Vaccine operations Central Provinces & Berar 1922-1929 - 1922-1929
Year: 1922
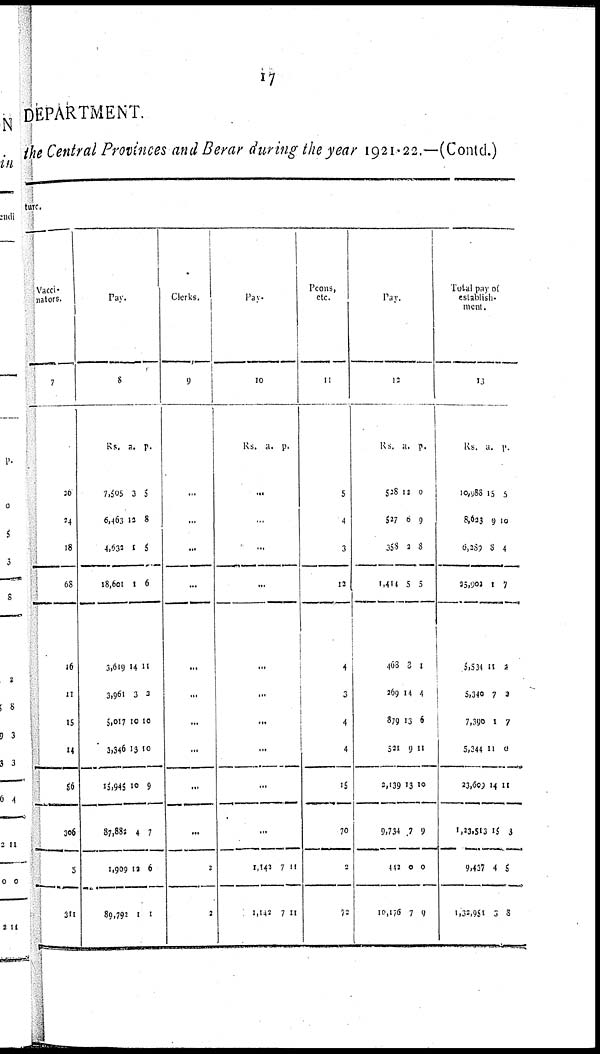
17
DEPARTMENT.
the Central Provinces and Berar during the year 1921- 22.—(Contd.)
ture.
Vacci¬
nators.
7
20
24
18
68
16
11
15
14
56
306
5
311
Pay.
8
Rs.
7,505
6,463
4,632
18,601
3,619
3,961
5,017
3,346
15,945
87,882
1,909
89,792
a.
3
12
1
1
14
3
10
13
10
4
12
1
p.
5
8
5
6
11
2
10
10
9
7
6
1
Clerks.
9
...
...
...
...
...
...
...
...
...
...
2
3
Pay.
10
Rs.
a. p.
...
...
...
...
...
...
...
...
...
...
1,142
1,142
7
7
11
11
Peons,
etc.
11
5
4
3
13
4
3
4
4
15
70
3
72
Pay.
12
Rs.
528
527
358
1,414
468
269
879
521
2,139
9,734
442
10,176
a.
12
0
3
5
3
14
13
9
13
7
0
7
p.
0
9
8
5
1
4
6
11
10
9
0
9
Total pay of
establish-
ment.
13
Rs.
10,988
8,623
6,289
35,902
5,534
5,340
7,390
5,344
23,609
1,23,513
9,437
1,32,951
a.
15
9
8
1
11
7
1
11
14
15
4
3
p.
5
10
4
7
2
2
7
0
11
3
5
8